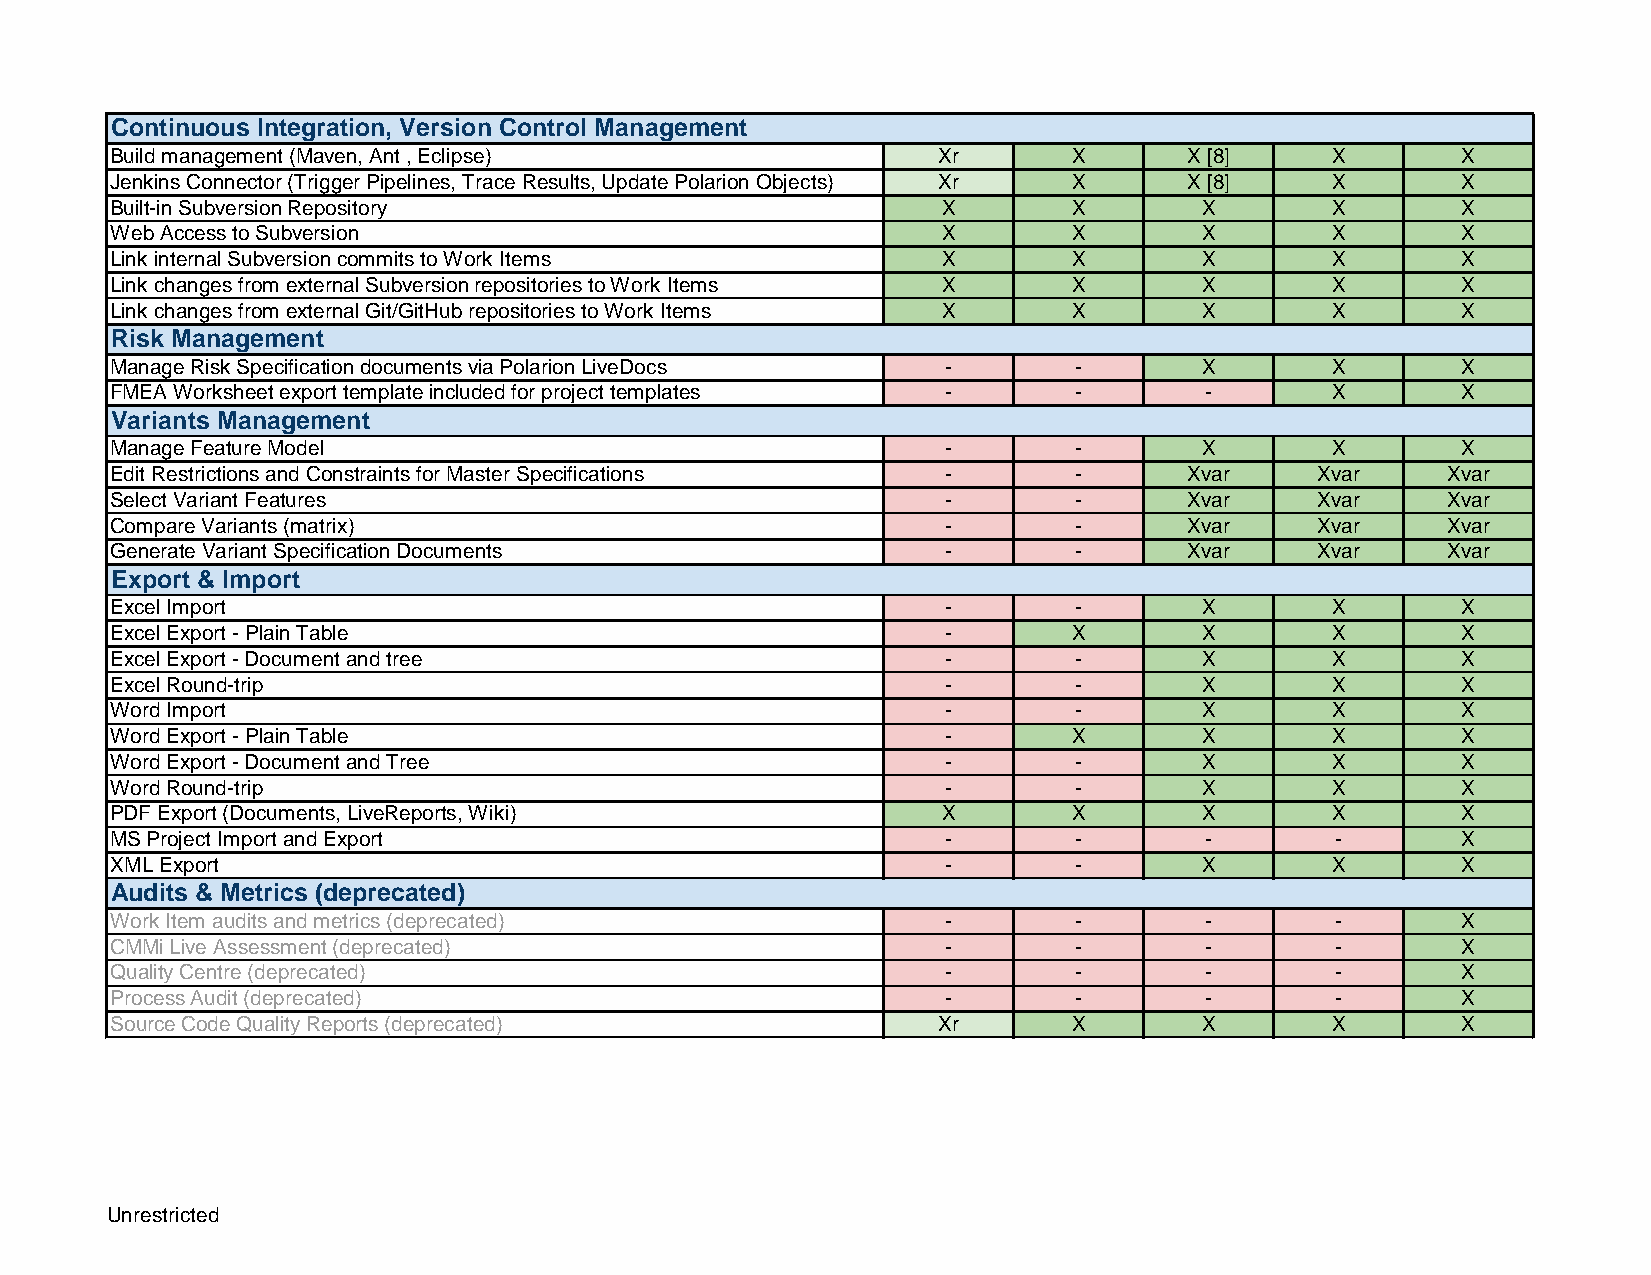
Continuous Integration, Version Control Management
 Build management (Maven, Ant , Eclipse)                Xr       X       X [8]    X        X
 Jenkins Connector (Trigger Pipelines, Trace Results, Update Polarion Objects) Xr X X [8] X X
 Built-in Subversion Repository                         X        X        X       X        X
 Web Access to Subversion                               X        X        X       X        X
 Link internal Subversion commits to Work Items         X        X        X       X        X
 Link changes from external Subversion repositories to Work Items X X     X       X        X
 Link changes from external Git/GitHub repositories to Work Items X X     X       X        X
 Risk Management
 Manage Risk Specification documents via Polarion LiveDocs -     -        X       X        X
 FMEA Worksheet export template included for project templates - -        -       X        X
 Variants Management
 Manage Feature Model                                    -       -        X       X        X
 Edit Restrictions and Constraints for Master Specifications -   -       Xvar    Xvar     Xvar
 Select Variant Features                                 -       -       Xvar    Xvar     Xvar
 Compare Variants (matrix)                               -       -       Xvar    Xvar     Xvar
 Generate Variant Specification Documents                -       -       Xvar    Xvar     Xvar
 Export & Import
 Excel Import                                            -       -        X       X        X
 Excel Export - Plain Table                              -       X        X       X        X
 Excel Export - Document and tree                        -       -        X       X        X
 Excel Round-trip                                        -       -        X       X        X
 Word Import                                             -       -        X       X        X
 Word Export - Plain Table                               -       X        X       X        X
 Word Export - Document and Tree                         -       -        X       X        X
 Word Round-trip                                         -       -        X       X        X
 PDF Export (Documents, LiveReports, Wiki)              X        X        X       X        X
 MS Project Import and Export                            -       -        -       -        X
 XML Export                                              -       -        X       X        X
 Audits & Metrics (deprecated)
 Work Item audits and metrics (deprecated)               -       -        -       -        X
 CMMi Live Assessment (deprecated)                       -       -        -       -        X
 Quality Centre (deprecated)                             -       -        -       -        X
 Process Audit (deprecated)                              -       -        -       -        X
 Source Code Quality Reports (deprecated)               Xr       X        X       X        X
 Unrestricted